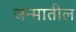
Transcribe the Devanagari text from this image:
जन्‍मातील